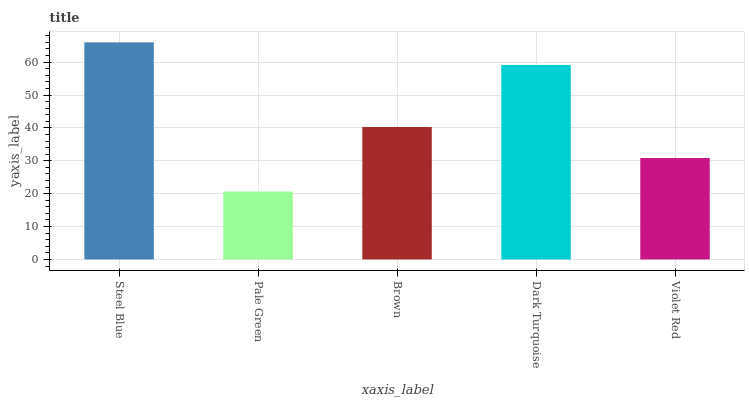
| xaxis_label | bars |
 | --- | --- |
 | Steel Blue | 66 |
 | Pale Green | 20.7 |
 | Brown | 40.3 |
 | Dark Turquoise | 59.2 |
 | Violet Red | 30.8 |